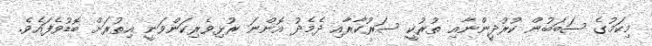
މިކަމުގެ ސަބަބުން ކުރުދީންނާއި ތުރުކީ ސަރުކާރާއި ދެމެދު އޮންނަ ރުޅިވެރިކަންވަނީ އިތުރަށް ބޮޑުވެފައެވެ.